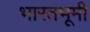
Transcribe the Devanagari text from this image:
भारतभूमी